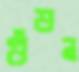
গুঁড়ন